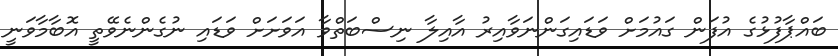
ބައްޕާފުޅުގެ އުފަން ގައުމަށް ވަޑައިގަންނަވާއިރު އާއިލާ ނިސްބަތްވާ އަވަށަށް ވަޑައި ނުގެންނެވޭތީ އޮބާމާވަނީ